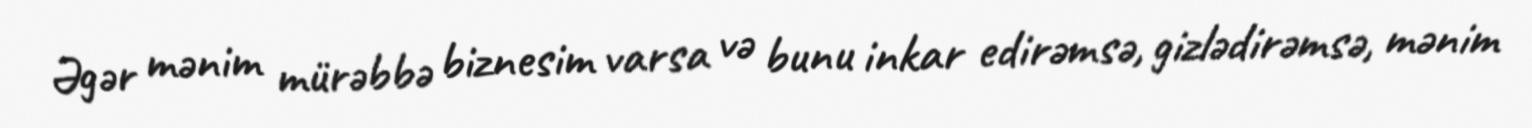
Əgər mənim mürəbbə biznesim varsa və bunu inkar edirəmsə, gizlədirəmsə, mənim